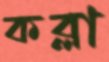
কব্‌লা